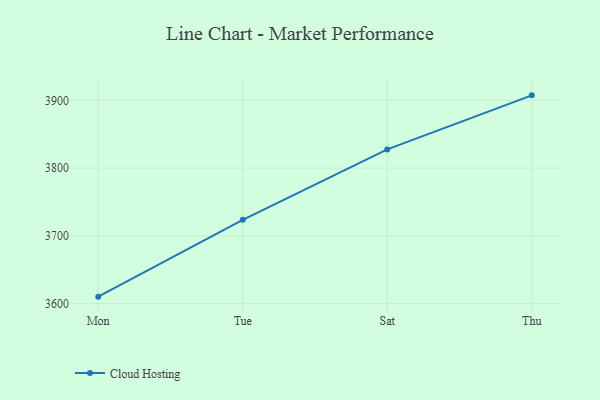
{"axis": {"x": "Day", "y": "Satisfaction Score"}, "legend": ["Cloud Hosting"], "data": [{"x": "Mon", "y": 3610.1, "type": "Cloud Hosting"}, {"x": "Tue", "y": 3723.5, "type": "Cloud Hosting"}, {"x": "Sat", "y": 3827.6, "type": "Cloud Hosting"}, {"x": "Thu", "y": 3907.4, "type": "Cloud Hosting"}]}